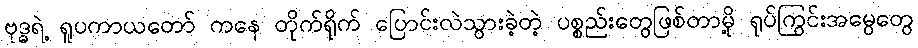
ဗုဒ္ဓရဲ့ ရူပကာယတော် ကနေ တိုက်ရိုက် ပြောင်းလဲသွားခဲ့တဲ့ ပစ္စည်းတွေဖြစ်တာမို့ ရုပ်ကြွင်းအမွေတွေ